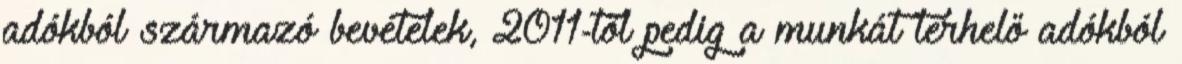
adókból származó bevételek, 2011-től pedig a munkát terhelő adókból